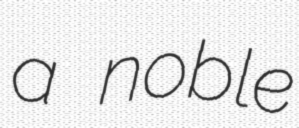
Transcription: a noble